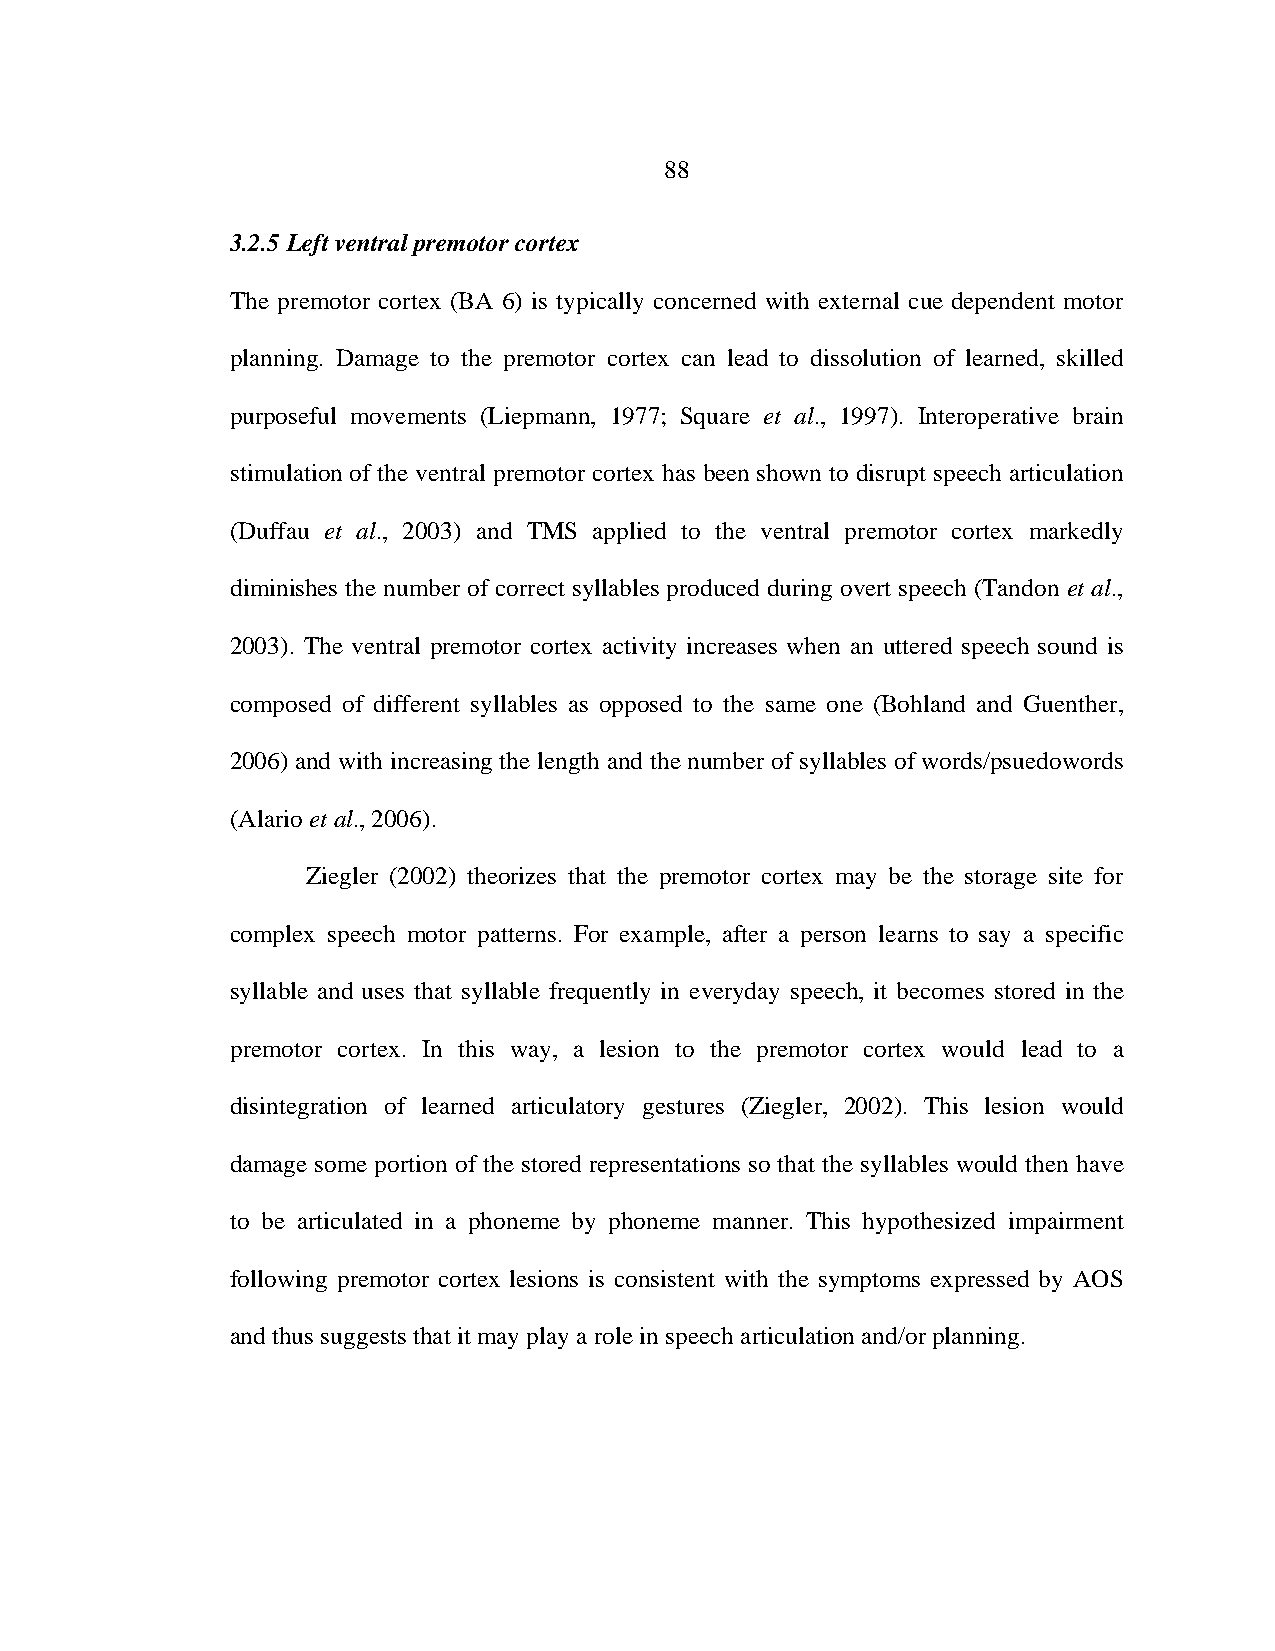
88
 3.2.5 Left ventral premotor cortex
 The premotor cortex (BA 6) is typically concerned with external cue dependent motor
 planning. Damage to the premotor cortex can lead to dissolution of learned, skilled
 purposeful movements (Liepmann, 1977; Square et al., 1997). Interoperative brain
 stimulation of the ventral premotor cortex has been shown to disrupt speech articulation
 (Duffau et al., 2003) and TMS applied to the ventral premotor cortex markedly
 diminishes the number of correct syllables produced during overt speech (Tandon et al.,
 2003). The ventral premotor cortex activity increases when an uttered speech sound is
 composed of different syllables as opposed to the same one (Bohland and Guenther,
 2006) and with increasing the length and the number of syllables of words/psuedowords
 (Alario et al., 2006).
 Ziegler (2002) theorizes that the premotor cortex may be the storage site for
 complex speech motor patterns. For example, after a person learns to say a specific
 syllable and uses that syllable frequently in everyday speech, it becomes stored in the
 premotor cortex. In this way, a lesion to the premotor cortex would lead to a
 disintegration of learned articulatory gestures (Ziegler, 2002). This lesion would
 damage some portion of the stored representations so that the syllables would then have
 to be articulated in a phoneme by phoneme manner. This hypothesized impairment
 following premotor cortex lesions is consistent with the symptoms expressed by AOS
 and thus suggests that it may play a role in speech articulation and/or planning.